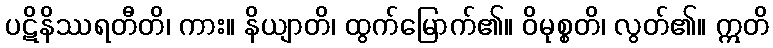
ပဋိနိဿရတီတိ၊ ကား။ နိယျာတိ၊ ထွက်မြောက်၏။ ဝိမုစ္စတိ၊ လွတ်၏။ ဣတိ